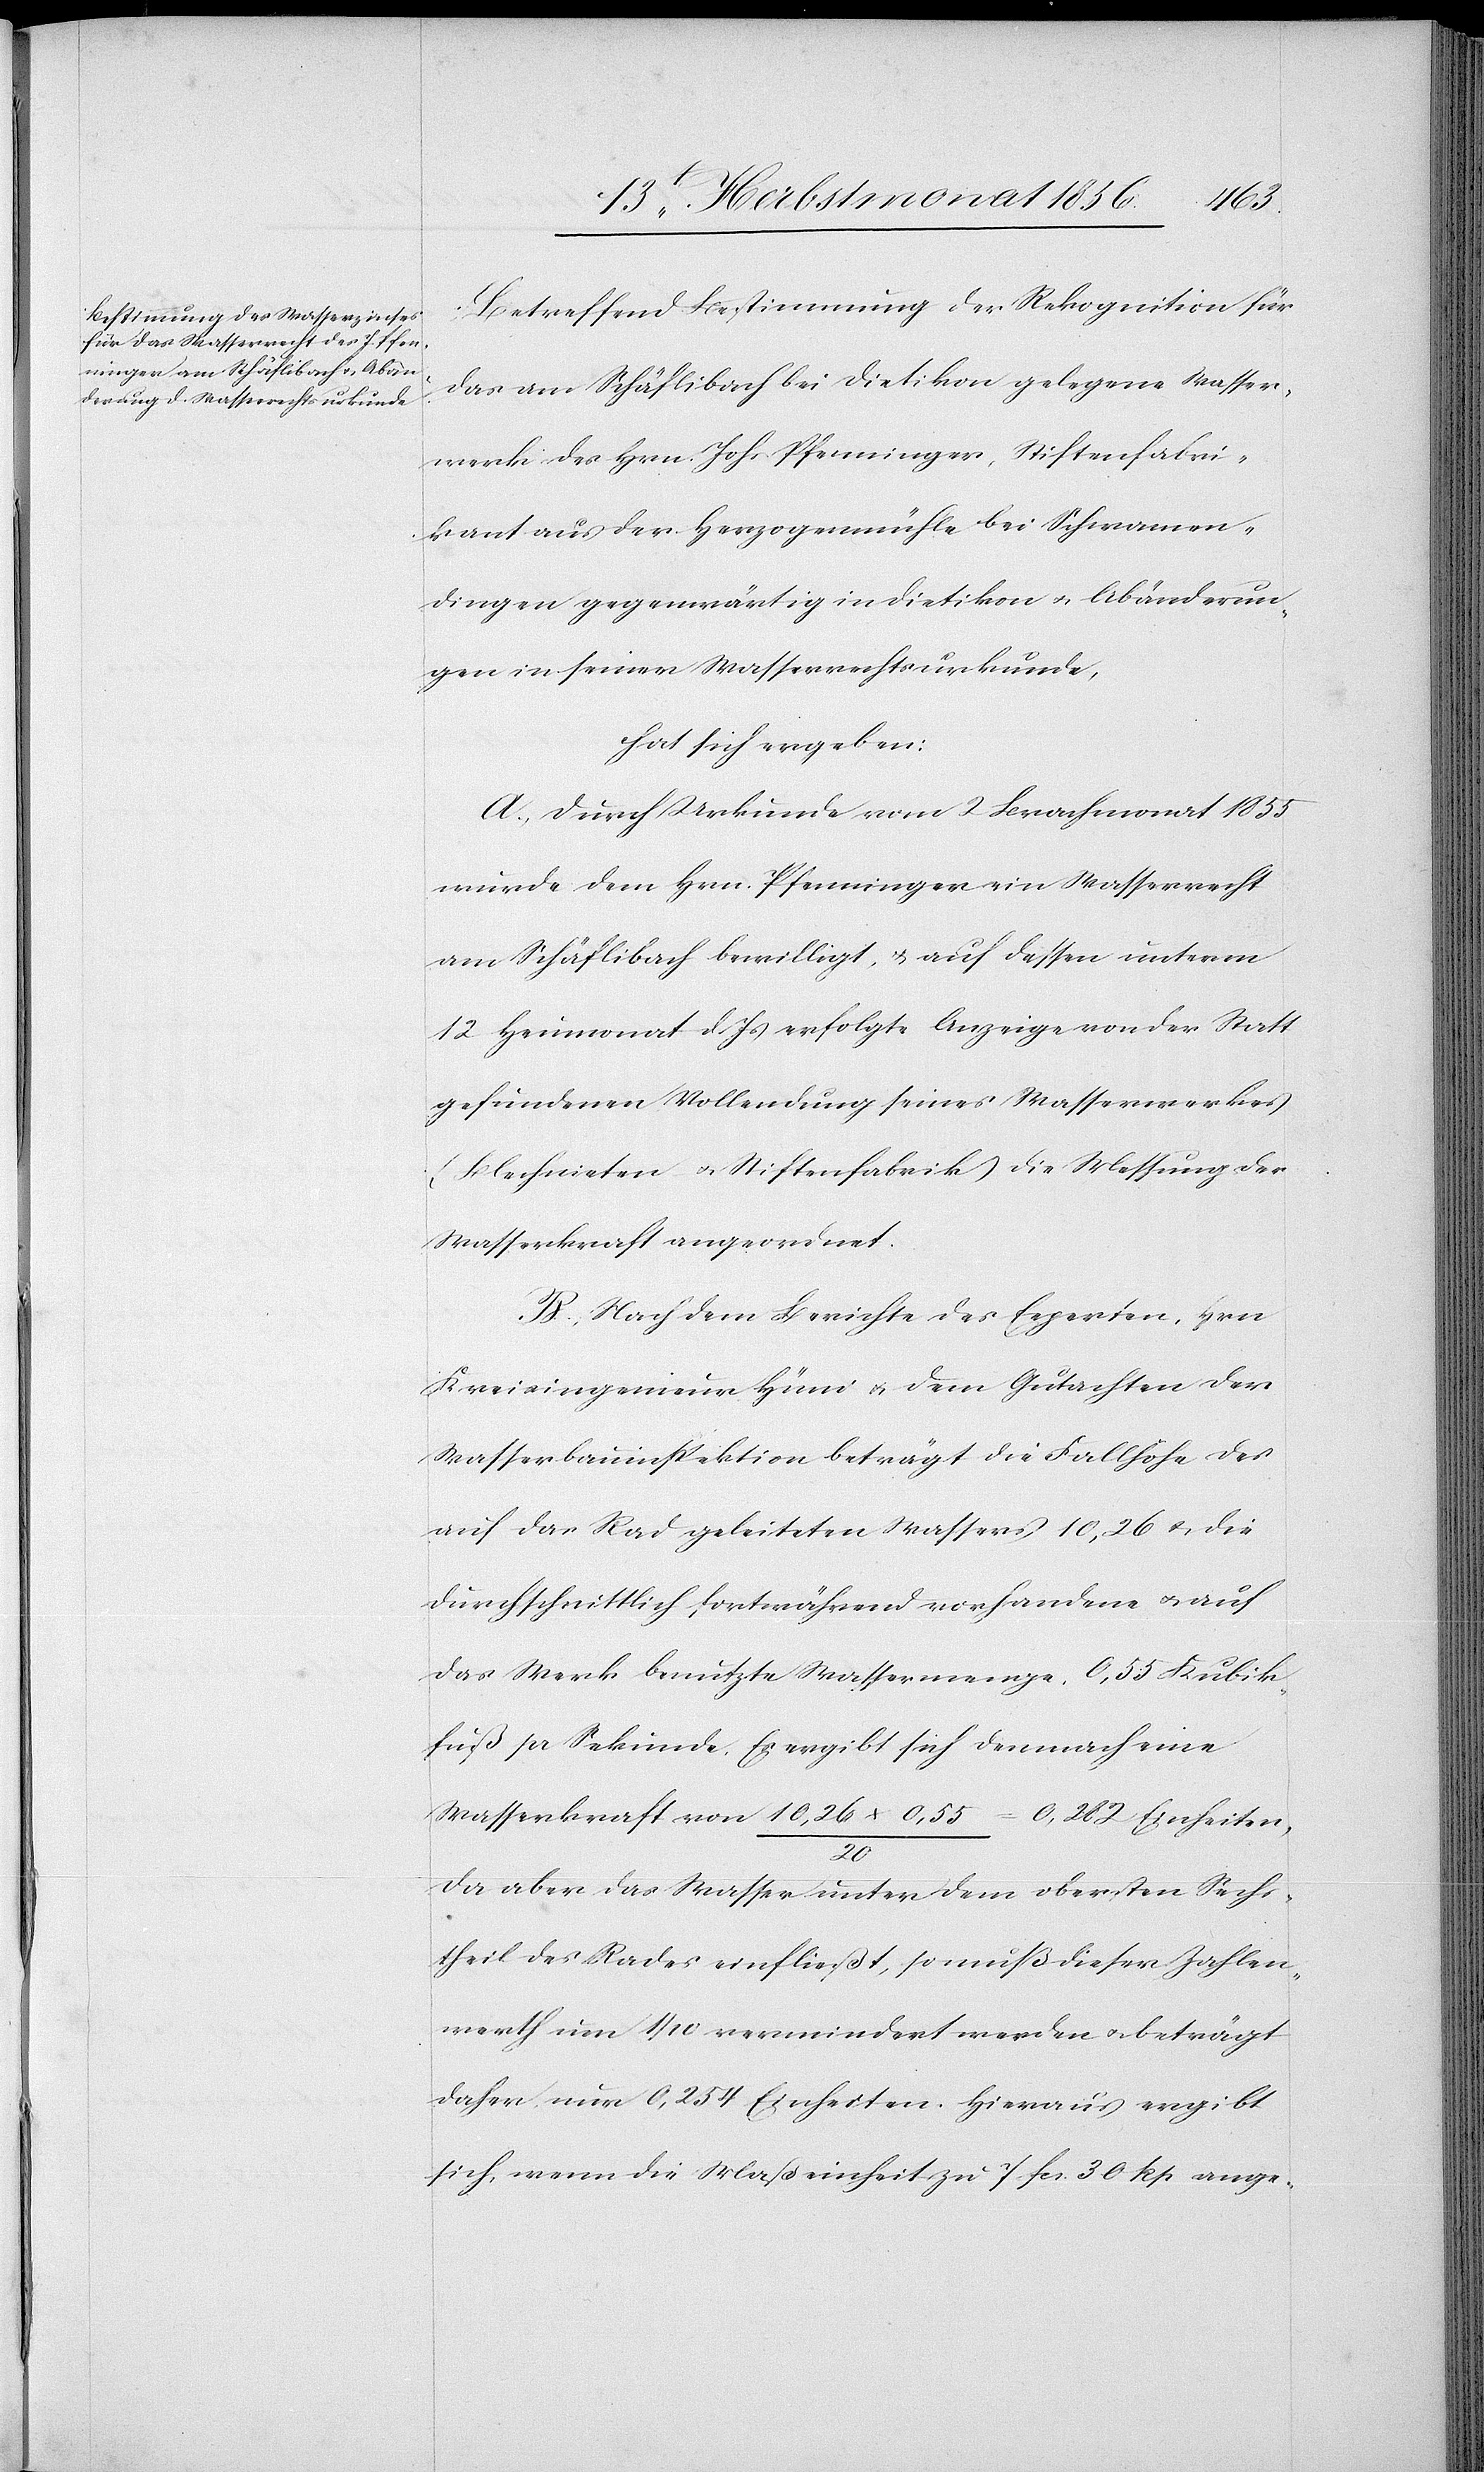
Betreffend Bestimmung der Rekognition für
das am Schäflibach bei Dietikon gelegene Wasser¬
werk des Hrn. Johs Pfenninger, Stiftenfabri¬
kant aus der Herzogenmühle bei Schwamen¬
dingen gegenwärtig in Dietikon u. Abänderun¬
gen in seiner Wasserrechtsurkunde,
hat sich ergeben:
A.) Durch Urkunde vom 2 Brachmonat 1855
wurde dem Hrn. Pfenninger ein Wasserrecht
am Schäflibach bewilligt, & auf dessen unterm
12 Heumonat d Js erfolgte Anzeige von der Statt
gefundenen Vollendung seines Wasserwerkes
(Blechnieten u. Stiftenfabrik) die Messung der
Wasserkraft angeordnet.
B.) Nach dem Berichte des Experten, Hrn
Kreisingenieur Hüni u. dem Gutachten der
Wasserbauinspektion beträgt die Fallhöhe des
auf das Rad geleiteten Wassers 10,26 u. die
durchschnittlich fortwährend vorhandene u. auf
das Werk benutzte Wassermenge, 0,55 Kubik¬
fuß pr Sekunde. Es ergibt sich demnach eine
Wasserkraft von 10,26 x 0,55 / 20 = 0,282 Einheiten,
da aber das Wasser unter dem obersten Sechs¬
theil des Rades einfließt, so muß dieser Zahlen¬
werth um 1/10 vermindert werden u. beträgt
daher nur 0,254 Einheiten. Hieraus ergibt
sich, wenn die Maßeinheit zu 7 fcs. 30 Rp ange-